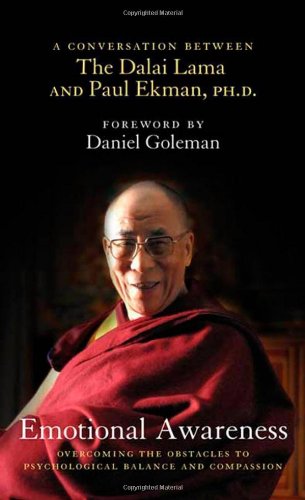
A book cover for Emotional Awareness: Overcoming the Obstacles to Psychological Balance and Compassion; Dalai Lama; Religion & Spirituality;